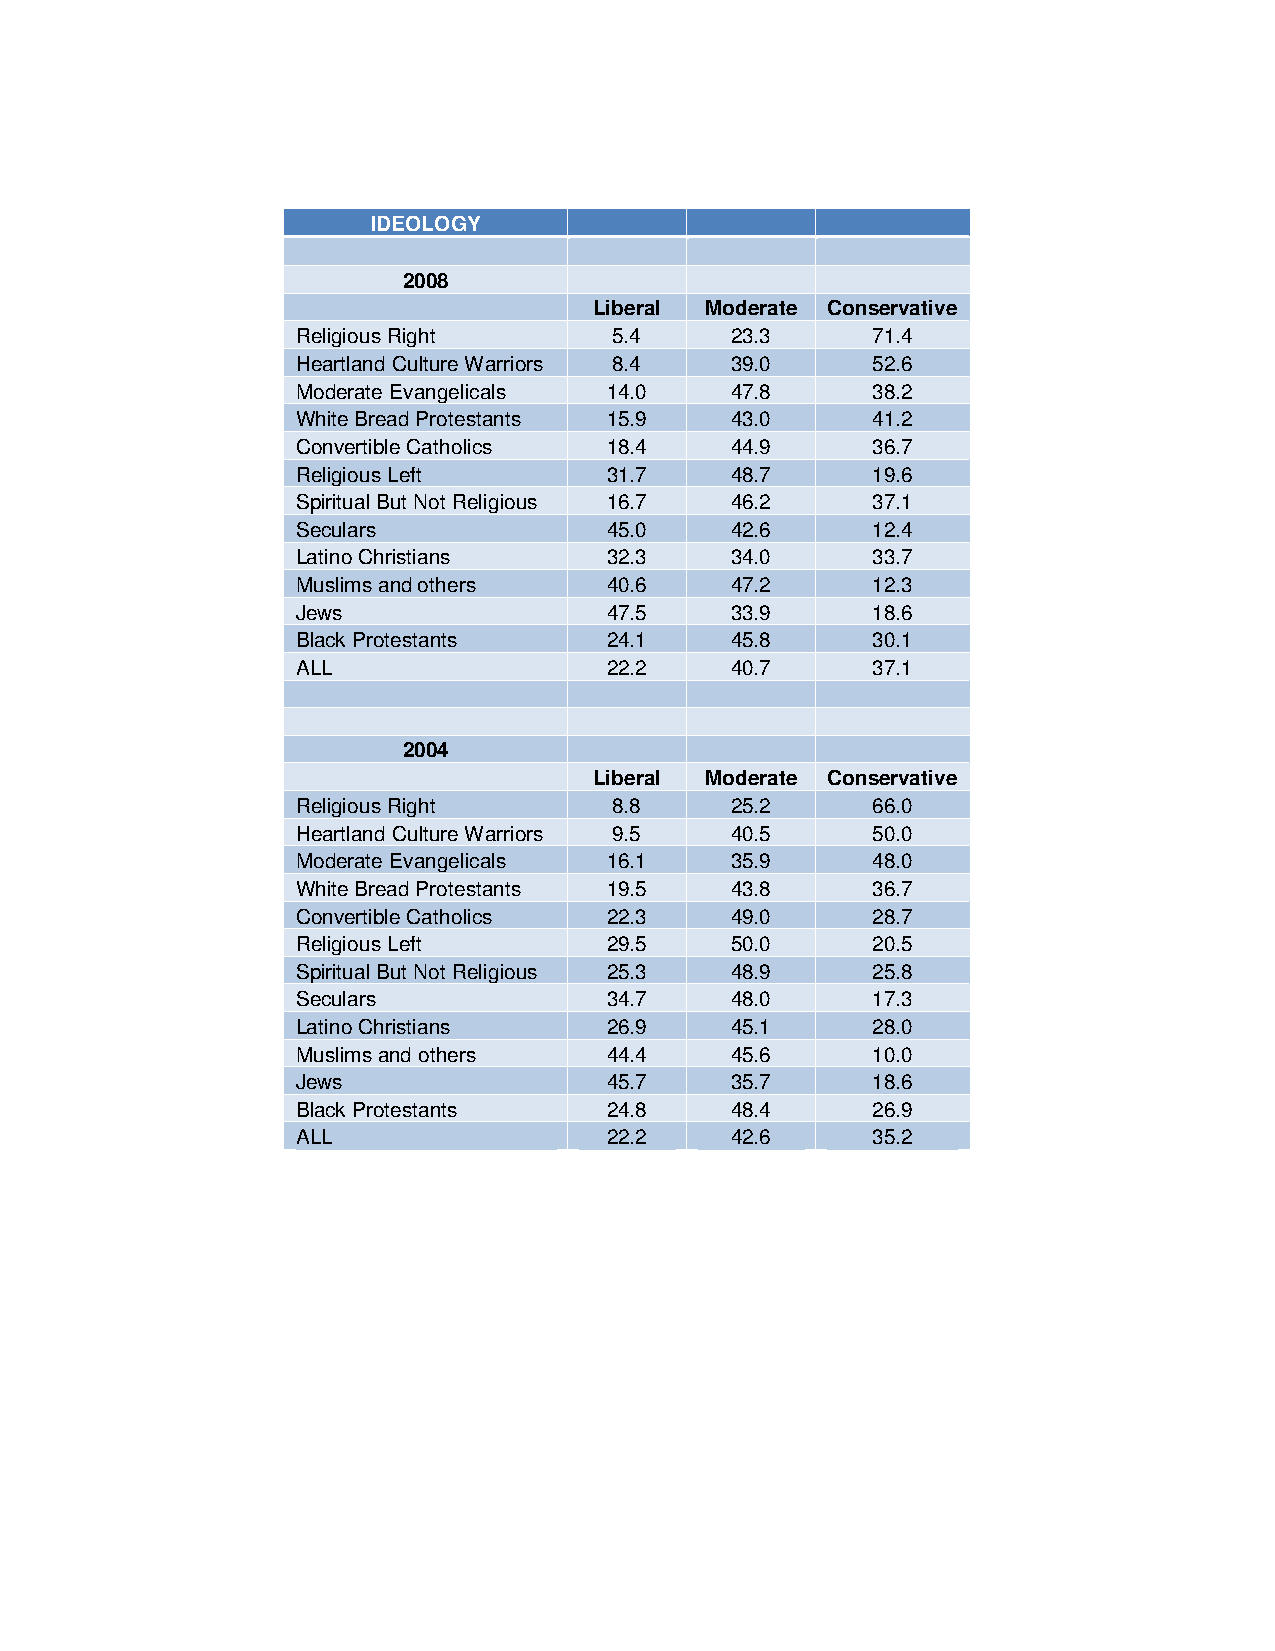
IDEOLOGY
 2008
 Liberal Moderate Conservative
 Religious Right      5.4    23.3      71.4
 Heartland Culture Warriors 8.4 39.0   52.6
 Moderate Evangelicals 14.0  47.8      38.2
 White Bread Protestants 15.9 43.0     41.2
 Convertible Catholics 18.4  44.9      36.7
 Religious Left      31.7    48.7      19.6
 Spiritual But Not Religious 16.7 46.2 37.1
 Seculars            45.0    42.6      12.4
 Latino Christians   32.3    34.0      33.7
 Muslims and others  40.6    47.2      12.3
 Jews                47.5    33.9      18.6
 Black Protestants   24.1    45.8      30.1
 ALL                 22.2    40.7      37.1
 2004
 Liberal Moderate Conservative
 Religious Right      8.8    25.2      66.0
 Heartland Culture Warriors 9.5 40.5   50.0
 Moderate Evangelicals 16.1  35.9      48.0
 White Bread Protestants 19.5 43.8     36.7
 Convertible Catholics 22.3  49.0      28.7
 Religious Left      29.5    50.0      20.5
 Spiritual But Not Religious 25.3 48.9 25.8
 Seculars            34.7    48.0      17.3
 Latino Christians   26.9    45.1      28.0
 Muslims and others  44.4    45.6      10.0
 Jews                45.7    35.7      18.6
 Black Protestants   24.8    48.4      26.9
 ALL                 22.2    42.6      35.2